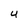
Character: U